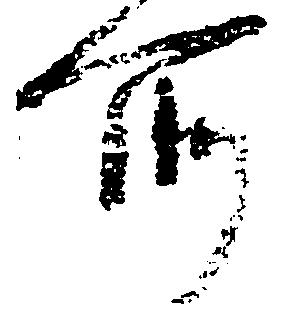
所